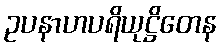
ဥပနာဟပရိယုဋ္ဌိတေန